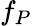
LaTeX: f_{P}